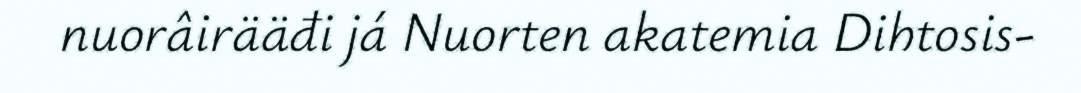
nuorâirääđi já Nuorten akatemia Dihtosis-